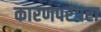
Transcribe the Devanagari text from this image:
कारणपरंपरा